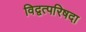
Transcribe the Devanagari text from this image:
विद्वत्परिषदा